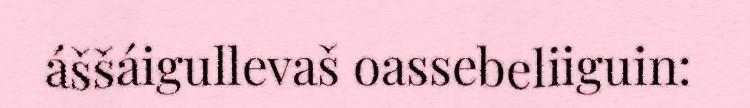
áššáigullevaš oassebeliiguin: